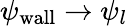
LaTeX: \psi_{\mathrm{wall}}\rightarrow\psi_{l}